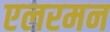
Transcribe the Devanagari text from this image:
एलरमन